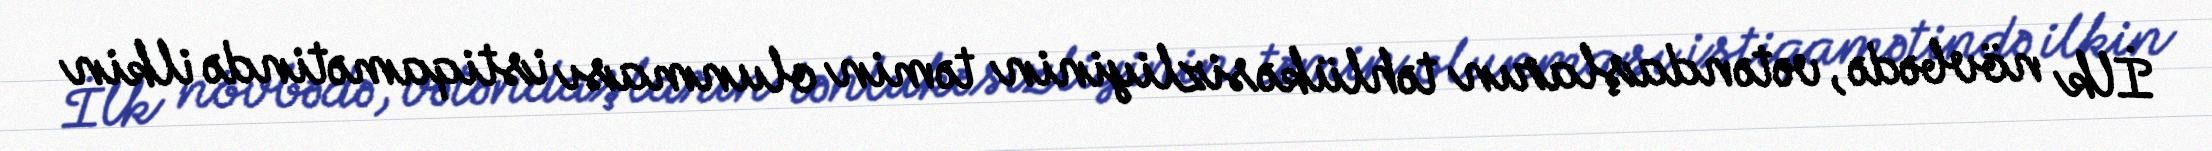
İlk növbədə, vətəndaşların təhlükəsizliyinin təmin olunması istiqamətində ilkin